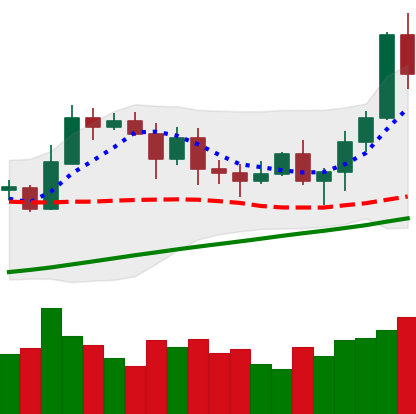
Ticker: ETH-USD
Chart end date: 2020-11-07
Forward return: 5.805%
Label: up_5_7